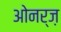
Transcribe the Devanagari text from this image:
ओनर्ज़